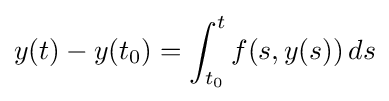
y(t)-y(t_{0})=\int _{t_{0}}^{t}f(s,y(s))\,ds